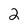
Character: 2